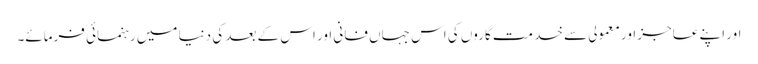
اور اپنے عاجز اور معمولی سے خد مت گاروں کی اس جہاں فانی اور اس کے بعد کی دنیا میں رہنمائی فرمائے۔